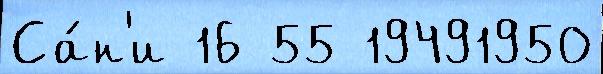
Са́н'и 16 55 19491950